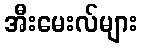
အီးမေးလ်များ